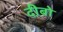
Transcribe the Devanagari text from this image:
दीबो